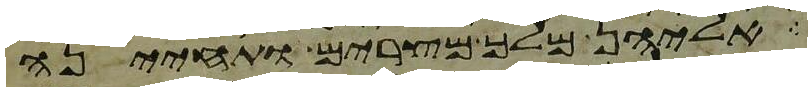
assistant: אליהן מלך מצרים ותחינה